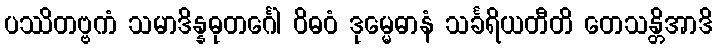
ပဿိတဗ္ဗကံ သမာဒိန္နဓုတင်္ဂေါ ဝိဓဝံ ဒုမ္မေဓာနံ သင်္ခရိယတီတိ တေသန္တိအာဒိ